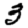
Digit: 3